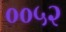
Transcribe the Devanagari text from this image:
००५२